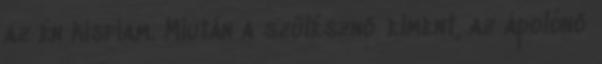
az én kisfiam. Miután a szülésznő elment, az ápolónő